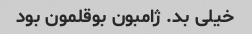
خیلی بد. ژامبون بوقلمون بود